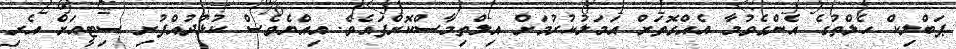
ޕަބްލިކް ހެލްތުގެ އެންގެވުމާ އެއްގޮތަށް އަމަލުކުރުމަށް އިލްތިމާސްކޮށްފައެވެ. އިއްޔެވެސް ކުޅުދުއްފުށި ސިޓީއަށް އެރި